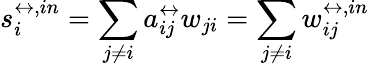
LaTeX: s_{i}^{\leftrightarrow,in}=\sum_{j\neq i}a_{ij}^{\leftrightarrow}w_{ji}=\sum_{j\neq i}w_{ij}^{\leftrightarrow,in}